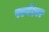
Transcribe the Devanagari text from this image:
परमेंश्वर